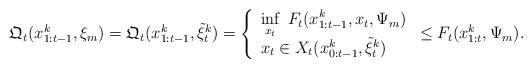
LaTeX: \begin{align*} \mathfrak{Q}_t(x_{1:t-1}^{k}, \xi_{m})=\mathfrak{Q}_t(x_{1:t-1}^{k}, \tilde \xi_{t}^{k})=\left\{\begin{array}{l}\displaystyle \inf_{x_t}\;F_t(x_{1:t-1}^{k}, x_t, \Psi_{m})\\x_t \in X_t(x_{0:t-1}^k, \tilde \xi_t^k) \end{array}\right.\leq F_t(x_{1:t}^k, \Psi_{m}).\end{align*}